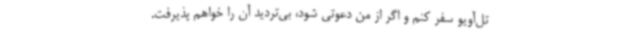
تل‌آویو سفر کنم و اگر از من دعوتی شود، بی‌تردید آن را خواهم پذیرفت.